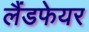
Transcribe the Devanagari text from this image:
लैंडफेयर